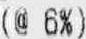
(@ 6%)